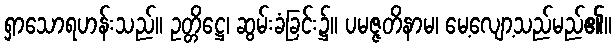
ရှာသောရဟန်းသည်။ ဥတ္တိဋ္ဌေ၊ ဆွမ်းခံခြင်း၌။ ပမဇ္ဇတိနာမ၊ မေ့လျော့သည်မည်၏။